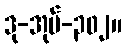
ဒု-အုပ်-၃၀၂။